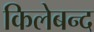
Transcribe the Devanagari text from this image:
किलेबन्द